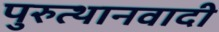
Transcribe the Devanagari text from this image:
पुरुत्थानवादी